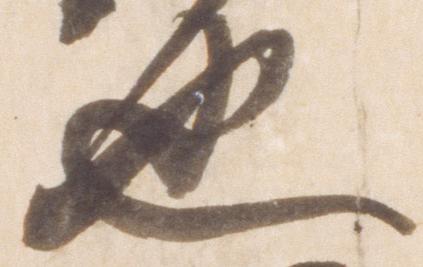
也